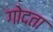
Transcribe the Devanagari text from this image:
गोदता